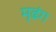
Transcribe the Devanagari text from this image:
मृढंग